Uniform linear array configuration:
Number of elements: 24
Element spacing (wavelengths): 0.75
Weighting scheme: cosine
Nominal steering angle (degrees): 30
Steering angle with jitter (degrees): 30.954
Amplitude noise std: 0.05
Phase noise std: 0.05

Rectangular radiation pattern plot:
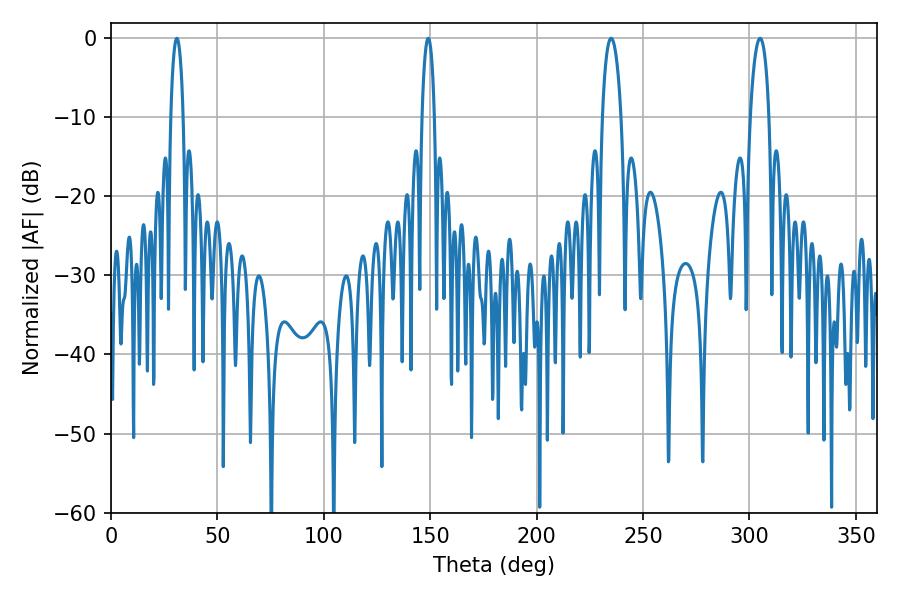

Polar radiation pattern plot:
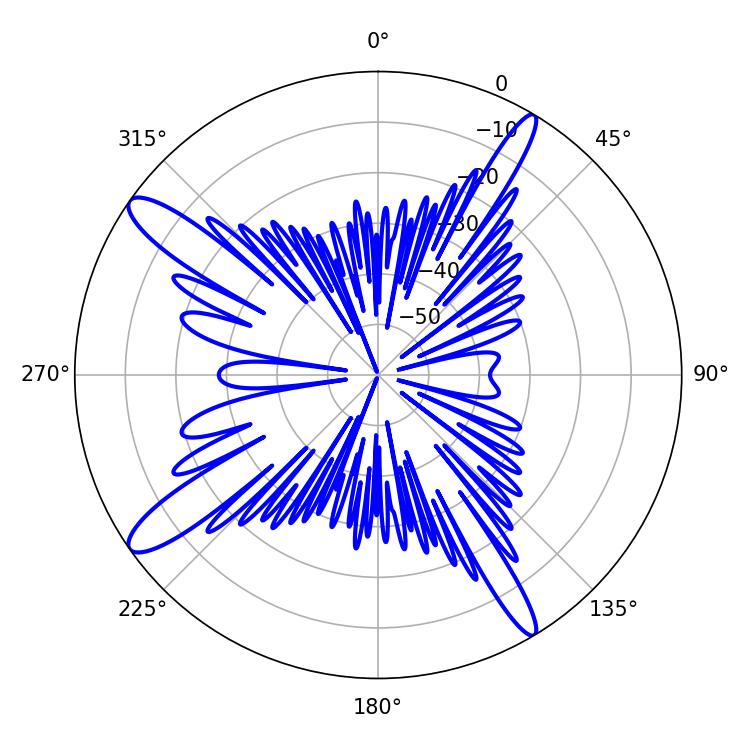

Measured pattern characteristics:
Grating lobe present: TRUE
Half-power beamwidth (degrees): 3.24
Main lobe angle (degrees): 30.96